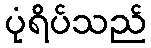
ပုံရိပ်သည်